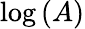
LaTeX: \log\left(A\right)